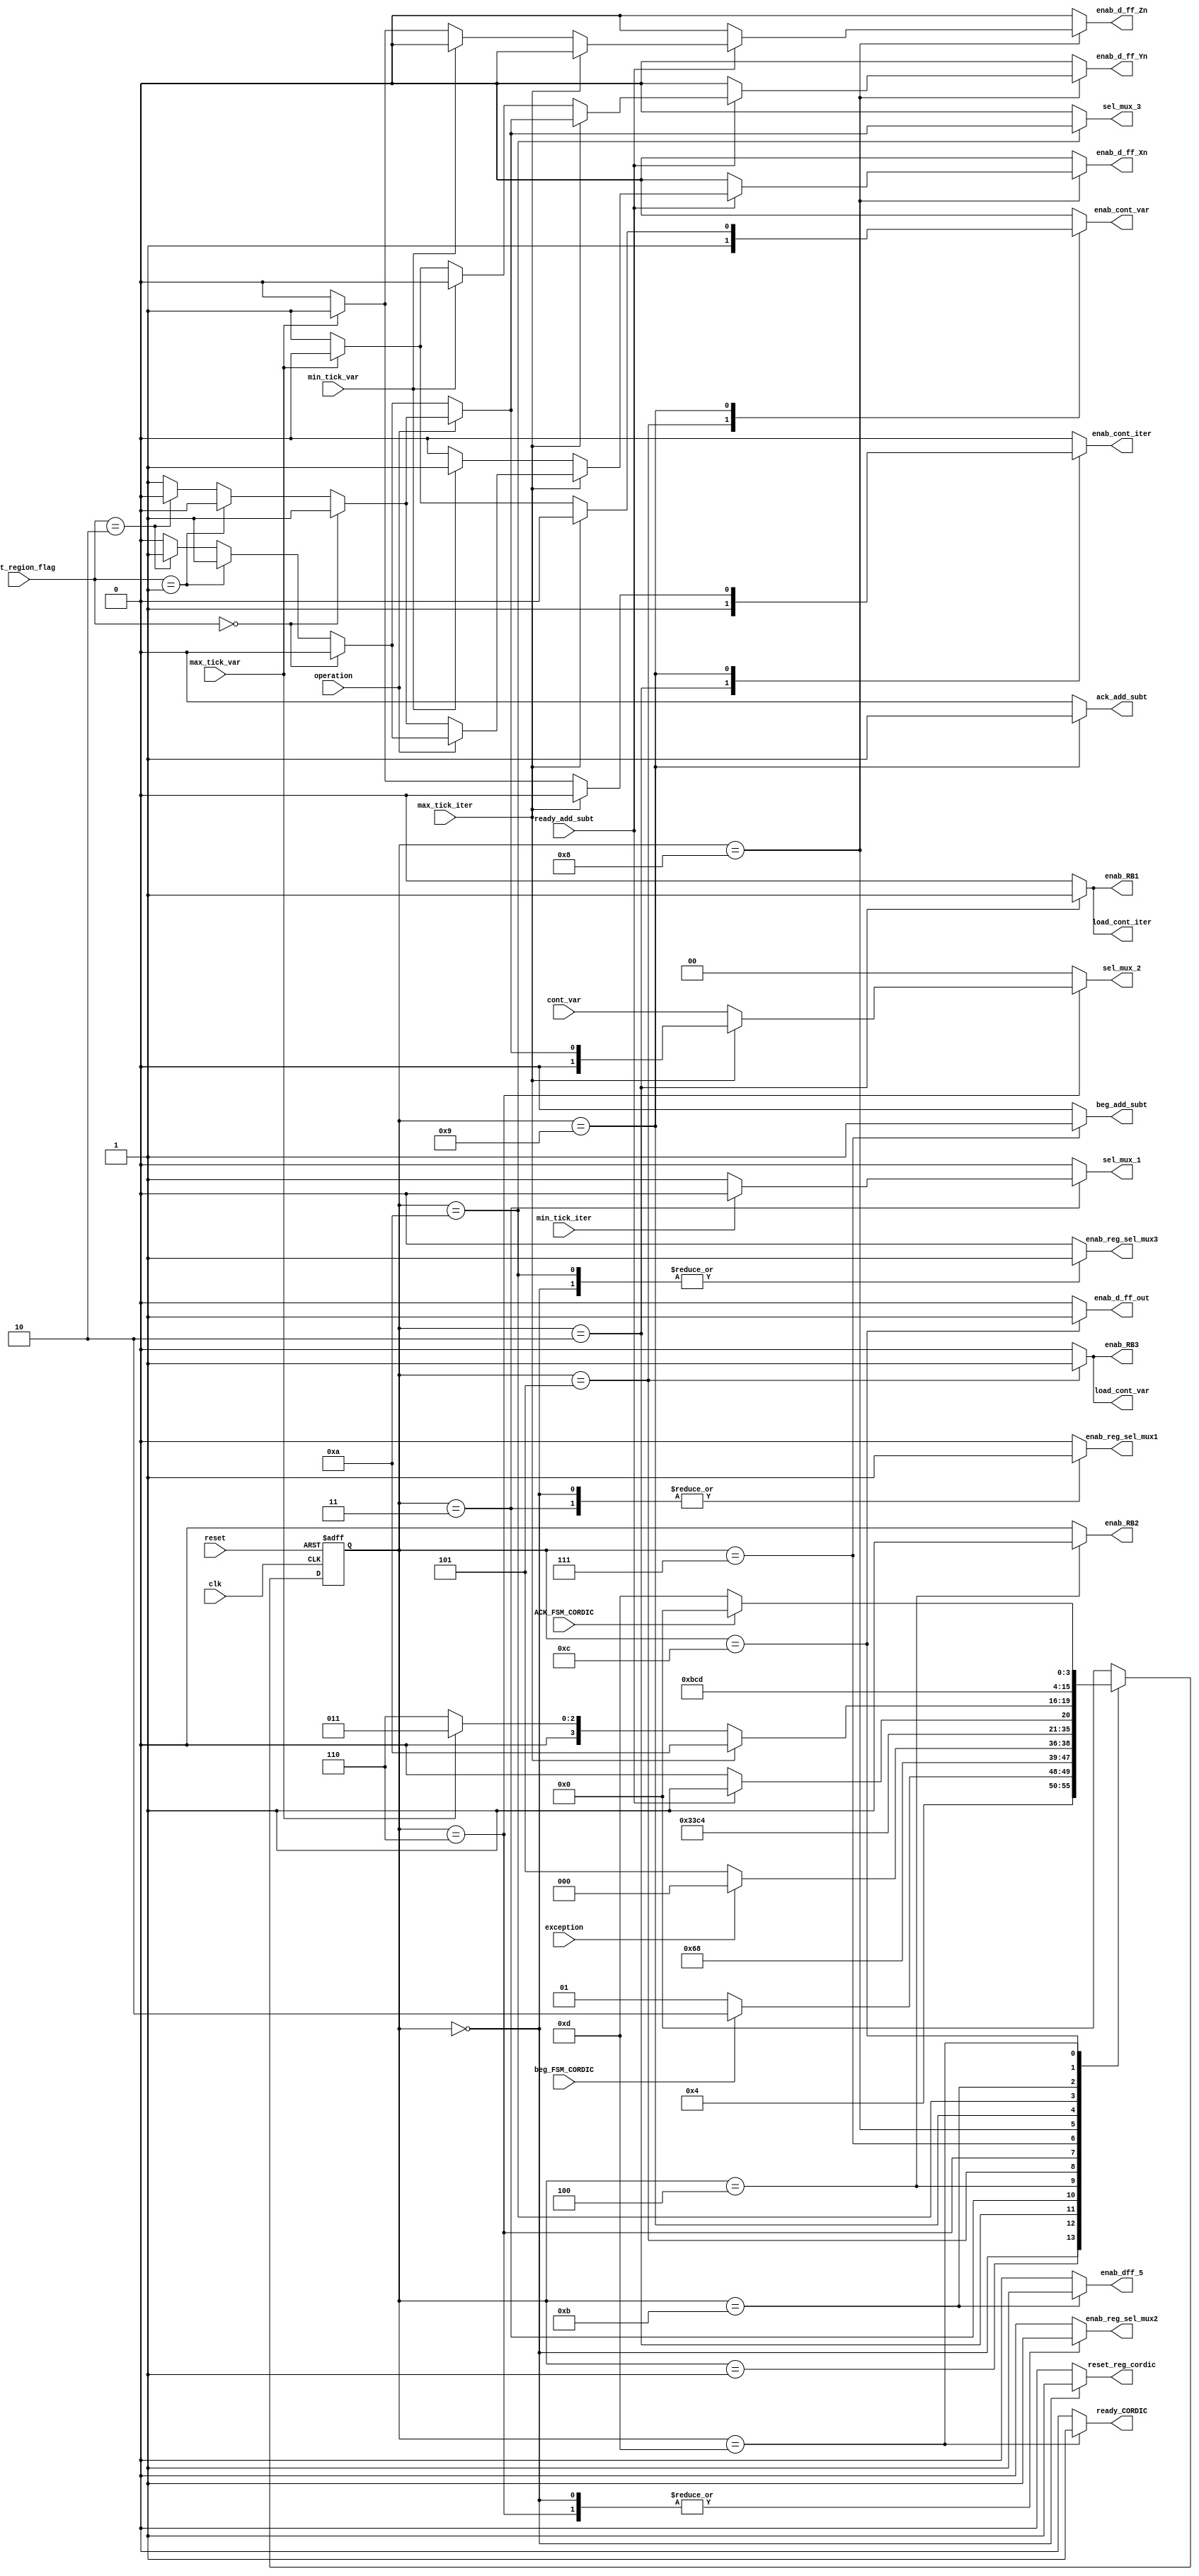
`timescale 1ns / 1ps

module CORDIC_FSM_v2
(
//Input Signals 
input wire clk,											//	Reloj del sitema.
input wire reset,										//	Reset del sitema.
input wire beg_FSM_CORDIC,								//	Seal de inicio de la maquina de estados.
input wire ACK_FSM_CORDIC,								//	Seal proveniente del modulo que recibe el resultado, indicado que el dato ha sido recibido.
input wire operation,									//	Seal que determina si lo que se requiere es realizar un coseno(1b0) o seno (1'b1).
input wire exception,
input wire [1:0] shift_region_flag,						//	Seal que indica si el angulo a calcular se encuentra fuera del rango de calculo del algoritmo CORDIC.
input wire [1:0] cont_var,								//	Seal que indica cual varible se va a calcular. Proveniente del contador de variables.
input wire ready_add_subt,								//	Seal proveniente del mdulo de suma/resta, indica que se ha terminado la operacion y que se puede disponer del resultado de dicho modulo.
input wire max_tick_iter, min_tick_iter,				//	Seales que indican la maxima y minima cuenta, respectivamente, en el contador de iteraciones.
input wire max_tick_var, min_tick_var,					//	Seales que indican la maxima y minima cuenta, respectivamente, en el contador de variables.

//Output Signals
output reg reset_reg_cordic,
output reg ready_CORDIC,								//	Seal que indica que el calculo CORDIC se ha terminado.
output reg beg_add_subt,								//	Seal que indica al modulo de suma/resta que inicie su operacion.
output reg ack_add_subt,								//	Seal que le indica al modulo de suma/resta que se ha recibido exitosamente el resultado que este entrega.
output reg sel_mux_1, sel_mux_3,						//	Seales de seleccion de mux, la primera escoge el canal 0 si es la primera iteracion, en otro caso escoge el canal 1, y la segunda escoge cual variable (X o Y) debe aparecer a la salida.
output reg [1:0] sel_mux_2,								//	Seal de seleccion de mux, que escoge entre X, Y o Z dependiendo de cual variable se deba calcular en ese momento.
output reg enab_cont_iter, load_cont_iter,				//	Seales de habilitacion y carga, respectivamente, en el contador de iteraciones.
output reg enab_cont_var,  load_cont_var,				//	Seales de habilitacion y carga, respectivamente, en el contador de variables.
output reg enab_RB1, enab_RB2,							//	Seales de habilitacion para los registros de variables de entrada y para los valores de las variables despues de los primeros mux, respectivamente.
output reg enab_d_ff_Xn, enab_d_ff_Yn, enab_d_ff_Zn,	//	Seales de habilitacion para los registros que guardan los resultados de cada variable en cada iteracion provenientes del modulo de suma/resta.
output reg enab_d_ff_out,enab_dff_5,					//	Seales de habilitacion para los registros en la salida, el primero antes del cambio de signo y el segundo es el que se encuentra en la salida.
output reg enab_RB3,
output reg enab_reg_sel_mux1,enab_reg_sel_mux2,enab_reg_sel_mux3
);

//symbolic state declaration
localparam [3:0]    est0 = 4'b0000,
                    est1 = 4'b0001,
                    est2 = 4'b0010,
                    est3 = 4'b0011,
                    est4 = 4'b0100,
                    est5 = 4'b0101, 
                    est6 = 4'b0110,
                    est7 = 4'b0111,
                    est8 = 4'b1000,
                    est9 = 4'b1001,
                    est10 = 4'b1010,
                    est11 = 4'b1011,
					est12 = 4'b1100,
					est13 = 4'b1101;
					

//signal declaration
reg [3:0] state_reg, state_next;	//	Guardan el estado actual y el estado futuro, respectivamente.

//state register

always @( posedge clk, posedge reset)
    begin
        if(reset)	// Si hay reset, el estado actual es el estado inicial.
            state_reg <= est0;
        else		//Si no hay reset el estado actual es igual al estado siguiente.
            state_reg <= state_next;
    end

//next-state logic and output logic

always @*
    begin
    state_next = state_reg; // default state : the same
	
    //declaration of default outputs. 
    ready_CORDIC = 1'b0;
    beg_add_subt = 1'b0;
    ack_add_subt = 1'b0;
    sel_mux_1 = 1'b0;
    sel_mux_2 = 2'b00;
    sel_mux_3 = 1'b0;
    enab_cont_iter = 1'b0;
    load_cont_iter = 1'b0;
    enab_cont_var = 1'b0;
    load_cont_var = 1'b0;
    enab_RB1 = 1'b0;
    enab_RB2 = 1'b0;
    enab_RB3 = 1'b0;
    enab_d_ff_Xn = 1'b0;
    enab_d_ff_Yn = 1'b0;
    enab_d_ff_Zn = 1'b0;
    enab_d_ff_out = 1'b0;
    reset_reg_cordic = 1'b0;
    enab_dff_5 = 1'b0;
    enab_reg_sel_mux1 = 1'b0;
    enab_reg_sel_mux2 = 1'b0;
    enab_reg_sel_mux3 = 1'b0;
    
        case(state_reg)
        est0:
        begin
			reset_reg_cordic = 1'b1;
			enab_reg_sel_mux1 = 1'b1;
            enab_reg_sel_mux2 = 1'b1;
            enab_reg_sel_mux3 = 1'b1;
			state_next = est1;
        end

		est1:
        begin
			if(beg_FSM_CORDIC)
			begin
				state_next = est2;
			end
			else
				state_next = est1;
		end

		est2:
		begin
			enab_RB1 = 1'b1;
			enab_cont_iter = 1'b1;
			load_cont_iter = 1'b1;
			state_next = est3;
		end

        est3:
        begin
            if(min_tick_iter)
				sel_mux_1 =	1'b0;
			else
				sel_mux_1 = 1'b1;
			enab_reg_sel_mux1 = 1'b1;
						
			state_next = est4;
        end

        est4:
        begin
			if(exception)
				state_next = est0;
			else
				state_next = est5;
            enab_RB2 = 1'b1;
        end

        est5:
        begin
			enab_RB3 = 1'b1;
			enab_cont_var = 1'b1;
			load_cont_var = 1'b1;
			state_next = est6;
        end

        est6:
        begin            
			if(max_tick_iter)
			begin
				if(operation == 1'b0)
				begin
					if(shift_region_flag == 2'b00)
						sel_mux_2 = 2'b00;
					else if(shift_region_flag == 2'b01)
						sel_mux_2 = 2'b01;
					else if(shift_region_flag == 2'b10)
						sel_mux_2 = 2'b01;
					else
						sel_mux_2 = 2'b00;
					enab_reg_sel_mux2 = 1'b1;
				end
				
				else
				begin
					if(shift_region_flag == 2'b00)
						sel_mux_2 = 2'b01;
					else if(shift_region_flag == 2'b01)
						sel_mux_2 = 2'b00;
					else if(shift_region_flag == 2'b10)
						sel_mux_2 = 2'b00;
					else
						sel_mux_2 = 2'b01;
					enab_reg_sel_mux2 = 1'b1;
				end
			end
			
			else
				sel_mux_2 = cont_var;
			
			enab_reg_sel_mux2 = 1'b1;	
			state_next = est7;	
        end        
        
        est7:
        begin            
			beg_add_subt = 1'b1;
			state_next = est8;
        end

        est8:
        begin
			if(ready_add_subt)
			begin
				if(max_tick_iter)
				begin
					if(operation == 1'b0)
					begin
						if(shift_region_flag == 2'b00)
							enab_d_ff_Xn = 1'b1;
						else if(shift_region_flag == 2'b01)
							enab_d_ff_Yn = 1'b1;
						else if(shift_region_flag == 2'b10)
							enab_d_ff_Yn = 1'b1;
						else
							enab_d_ff_Xn = 1'b1;
					end
					
					else
					begin
						if(shift_region_flag == 2'b00)
							enab_d_ff_Yn = 1'b1;
						else if(shift_region_flag == 2'b01)
							enab_d_ff_Xn = 1'b1;
						else if(shift_region_flag == 2'b10)
							enab_d_ff_Xn = 1'b1;
						else
							enab_d_ff_Yn = 1'b1;
					end
				end
				
				else
				begin
					if(min_tick_var)
						enab_d_ff_Xn = 1'b1;
					else if(max_tick_var)
						enab_d_ff_Zn = 1'b1;
					else
						enab_d_ff_Yn = 1'b1;
				end
				state_next = est9;
			end
			
			else
				state_next = est8;
        end

        est9:
        begin
			ack_add_subt = 1'b1;
			if(max_tick_iter)
			begin
				state_next = est10;
			end
			else
			begin
				if(max_tick_var)
				begin
					enab_cont_iter = 1'b1;
					state_next = est3;
				end
				
				else
				begin
					enab_cont_var = 1'b1;
					state_next = est6;
				end
			end
        end

        est10:
        begin            
			if(operation == 1'b0)
			begin
				if(shift_region_flag == 2'b00)
					sel_mux_3 = 1'b0;
				else if(shift_region_flag == 2'b01)
					sel_mux_3 = 1'b1;
				else if(shift_region_flag == 2'b10)
					sel_mux_3 = 1'b1;
				else
					sel_mux_3 = 1'b0;
				enab_reg_sel_mux3 = 1'b1;
			end
			
			else
			begin
				if(shift_region_flag == 2'b00)
					sel_mux_3 = 1'b1;
				else if(shift_region_flag == 2'b01)
					sel_mux_3 = 1'b0;
				else if(shift_region_flag == 2'b10)
					sel_mux_3 = 1'b0;
				else
					sel_mux_3 = 1'b1;
				enab_reg_sel_mux3 = 1'b1;
			end
			
			enab_reg_sel_mux3 = 1'b1;
			state_next = est11;
		end	

		est11:
		begin	    
			enab_dff_5 = 1'b1;
			state_next = est12;
		end
		
		est12:
		begin
			enab_d_ff_out = 1'b1;
			state_next = est13;
		end

		est13:
		begin
			ready_CORDIC = 1'b1;
			if(ACK_FSM_CORDIC)
				state_next = est0;
			else
				state_next = est13;
		end
        
        default : state_next = est0;
        endcase
    end
endmodule